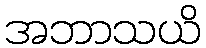
အဘာသယိ